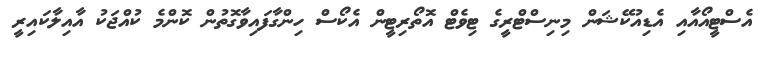
އެސްޓީއޯއާއި އެޑިއުކޭޝަން މިނިސްޓްރީގެ ޓިވެޓް އޮތޯރިޓީން އެކޯސް ހިންގާފައިވާގޮތުން ކޮންމެ ކުއްޖަކު އާއިލާކައިރީ